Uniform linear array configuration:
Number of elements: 64
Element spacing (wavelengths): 0.25
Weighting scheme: uniform
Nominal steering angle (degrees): -45
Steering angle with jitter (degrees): -43.958
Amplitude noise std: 0.05
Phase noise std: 0.05

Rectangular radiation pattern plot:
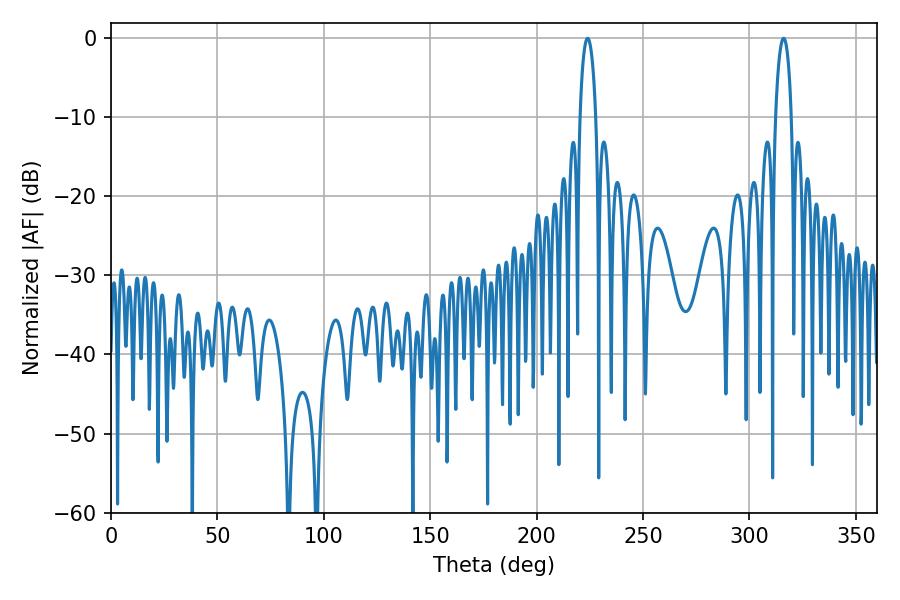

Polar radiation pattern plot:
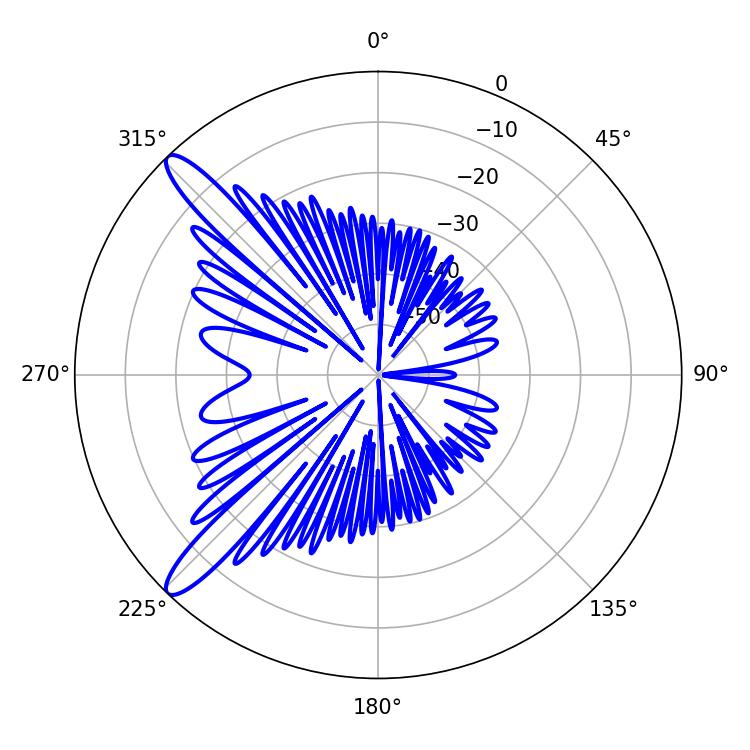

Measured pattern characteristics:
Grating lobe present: FALSE
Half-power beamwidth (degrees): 4.14
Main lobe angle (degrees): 223.92